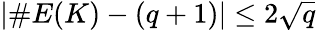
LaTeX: |\# E(K)-(q+1)|\leq 2{\sqrt{q}}